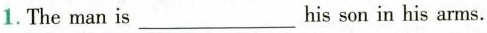
1. The man is ___ his son in his arms.